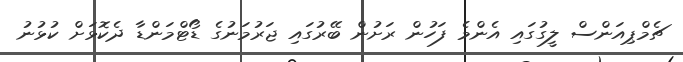
ޗެމްޕިއަންސް ލީގުގައި އެންމެ ފަހުން ރަށުން ބޭރުގައި ޖަރުމަނުގެ ޑޯޓްމަންޑާ ދެކޮޅަށް ކުޅުނު